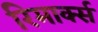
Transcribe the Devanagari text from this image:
रिमार्क्स